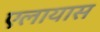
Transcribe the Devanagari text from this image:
एलायास